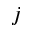
j